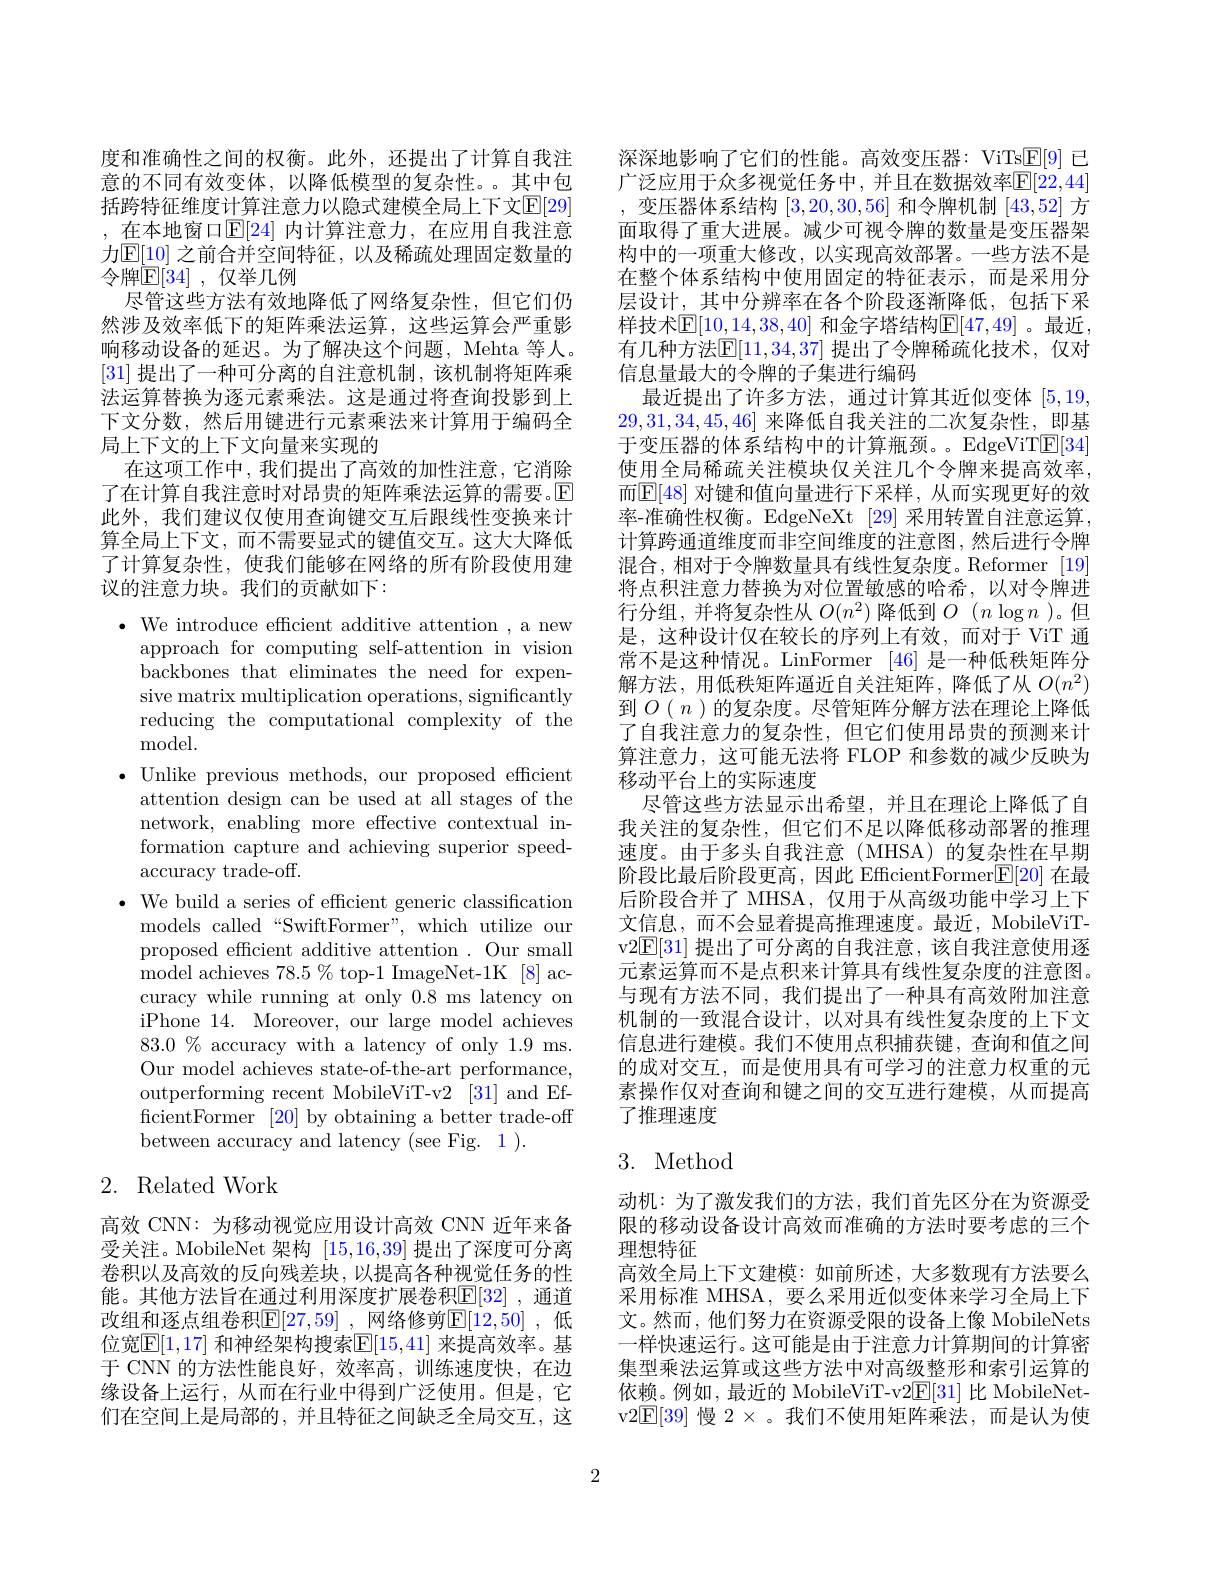
度和准确性之间的权衡。此外，还提出了计算自我注意的不同有效变体，以降低模型的复杂性。其中包括跨特征维度计算注意力以隐式建模全局上下文$\mathbb{E}[29]$ , 在本地窗口$\mathbb{E}[24]$ 内计算注意力，在应用自我注意力$\mathbb{E}[\underline{10}]$ 之前合并空间特征，以及稀疏处理固定数量的令牌$\mathbb{E}[34]$ ,仅举几例
尽管这些方法有效地降低了网络复杂性，但它们仍然涉及效率低下的矩阵乘法运算，这些运算会严重影响移动设备的延迟。为了解决这个问题，Mehta 等人。[31]提出了一种可分离的自注意机制，该机制将矩阵乘法运算替换为逐元素乘法。这是通过将查询投影到上下文分数，然后用键进行元素乘法来计算用于编码全局上下文的上下文向量来实现的
在这项工作中，我们提出了高效的加性注意，它消除了在计算自我注意时对昂贵的矩阵乘法运算的需要。$\mathbb{E}$ 此外，我们建议仅使用查询键交互后跟线性变换来计算全局上下文，而不需要显式的键值交互。这大大降低了计算复杂性，使我们能够在网络的所有阶段使用建议的注意力块。我们的贡献如下：

$\cdot$ We introduce efficient additive attention , a new
approach for computing self-attention in vision backbones that eliminates the need for expensive matrix multiplication operations, significantly reducing the computational complexity of the ${\mathrm{model}}.$
$\bullet$ Unlike previous methods, our proposed efficient
attention design can be used at all stages of the network, enabling more effective contextual information capture and achieving superior speedaccuracy trade-off.
$\cdot$ We build a series of efficient generic classification
models called“SwiftFormer”, which utilize our proposed efficient additive attention . Our small model achieves $78.5\%$ top-1 ImageNet-1K[8] accuracy while running at only 0.8 ms latency on iPhone 14. Moreover, our large model achieves $83.0\%$ accuracy with a latency of only 1.9 ms. Our model achieves state-of-the-art performance, outperforming recent MobileViT-v2 [31] and EfficientFormer [20] by obtaining a better trade-off between accuracy and latency (see Fig. 1).
2. Related Work

高效 CNN: 为移动视觉应用设计高效 CNN 近年来备受关注。MobileNet 架构[15,16,39]提出了深度可分离卷积以及高效的反向残差块，以提高各种视觉任务的性能。其他方法旨在通过利用深度扩展卷积$\mathbb{E}[32]$ ,通道改组和逐点组卷积$\overline{\mathbb{E}}[27,59]$ ,网络修剪$\mathbb{E}[12,50]$ ,低位宽$\mathbb{E}[1,17]$ 和神经架构搜索$\mathbb{E}[15,41]$ 来提高效率。基于 CNN 的方法性能良好，效率高，训练速度快，在边缘设备上运行，从而在行业中得到广泛使用。但是，它们在空间上是局部的，并且特征之间缺乏全局交互，这

深深地影响了它们的性能。高效变压器：ViTs$\underline{\mathrm{E}}[9]$已广泛应用于众多视觉任务中，并且在数据效率$\mathbb{E}[22,44]$ ,变压器体系结构[3,20,30,56]和令牌机制[43,52]方面取得了重大进展。减少可视令牌的数量是变压器架构中的一项重大修改，以实现高效部署。一些方法不是在整个体系结构中使用固定的特征表示，而是采用分层设计，其中分辨率在各个阶段逐渐降低，包括下采样技术$\mathbb{E}[10,14,38,40]$ 和金字塔结构$\mathbb{E}[47,49]$ 。最近， 有几种方法$\overline{\mathbb{E}}[11,34,37]$ 提出了令牌稀疏化技术，仅对信息量最大的令牌的子集进行编码
最近提出了许多方法，通过计算其近似变体[5,19] 29,31,34,45,46]来降低自我关注的二次复杂性，即基于变压器的体系结构中的计算瓶颈。。EdgeViT$\boxed{\mathrm{E}[34]}$ 使用全局稀疏关注模块仅关注几个令牌来提高效率， 而$\mathbb{E}[48]$ 对键和值向量进行下采样，从而实现更好的效率-准确性权衡。EdgeNeXt [29] 采用转置自注意运算， 计算跨通道维度而非空间维度的注意图，然后进行令牌混合，相对于令牌数量具有线性复杂度。Reformer[19] 将点积注意力替换为对位置敏感的哈希，以对令牌进行分组，并将复杂性从$O(n^2)$降低到$O(n\log n)$。但是，这种设计仅在较长的序列上有效，而对于 ViT 通常不是这种情况。LinFormer [46]是一种低秩矩阵分解方法，用低秩矩阵逼近自关注矩阵，降低了从$O(n^2)$ 到$O(n)$的复杂度。尽管矩阵分解方法在理论上降低了自我注意力的复杂性，但它们使用昂贵的预测来计算注意力，这可能无法将 FLOP 和参数的减少反映为移动平台上的实际速度
尽管这些方法显示出希望，并且在理论上降低了自我关注的复杂性，但它们不足以降低移动部署的推理速度。由于多头自我注意(MHSA)的复杂性在早期阶段比最后阶段更高，因此 EfficientFormer$\mathbb{E}[20]$在最后阶段合并了 MHSA, 仅用于从高级功能中学习上下文信息，而不会显着提高推理速度。最近，MobileViTv2$\mathbb{E}[31]$提出了可分离的自我注意，该自我注意使用逐元素运算而不是点积来计算具有线性复杂度的注意图。与现有方法不同，我们提出了一种具有高效附加注意机制的一致混合设计，以对具有线性复杂度的上下文信息进行建模。我们不使用点积捕获键，查询和值之间的成对交互，而是使用具有可学习的注意力权重的元素操作仅对查询和键之间的交互进行建模，从而提高了推理速度

## 3. Method

动机：为了激发我们的方法，我们首先区分在为资源受限的移动设备设计高效而准确的方法时要考虑的三个理想特征
高效全局上下文建模：如前所述，大多数现有方法要么采用标准 MHSA, 要么采用近似变体来学习全局上下文。然而，他们努力在资源受限的设备上像 MobileNets 一样快速运行。这可能是由于注意力计算期间的计算密集型乘法运算或这些方法中对高级整形和索引运算的依赖。例如，最近的 MobileViT-v2$\underline{\mathrm{E}}[31]$比 MobileNetv2$\mathbb{E}[39]$慢 2 。我们不使用矩阵乘法，而是认为使

2